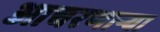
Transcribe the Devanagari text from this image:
आचरणार्‍या